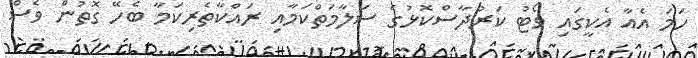
ހަމަ އެއާ އެކީގައި ވޯޓު ކަރުދާސްކޮޅުގެ ސަލާމަތްކަމާއި ރައްކާތެރިކަމާ ބެހޭ ގޮތުން ވެސް